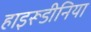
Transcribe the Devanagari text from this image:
हाइरूडीनिया